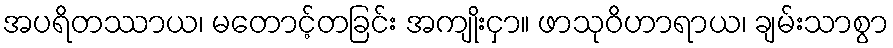
အပရိတဿာယ၊ မတောင့်တခြင်း အကျိုးငှာ။ ဖာသုဝိဟာရာယ၊ ချမ်းသာစွာ